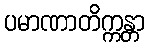
ပမာဏာတိက္ကန္တာ